Report of the Municipal Commissioner on the plague in Bombay for the year ending 31st May... - Volume 2
Disease focus: Plague
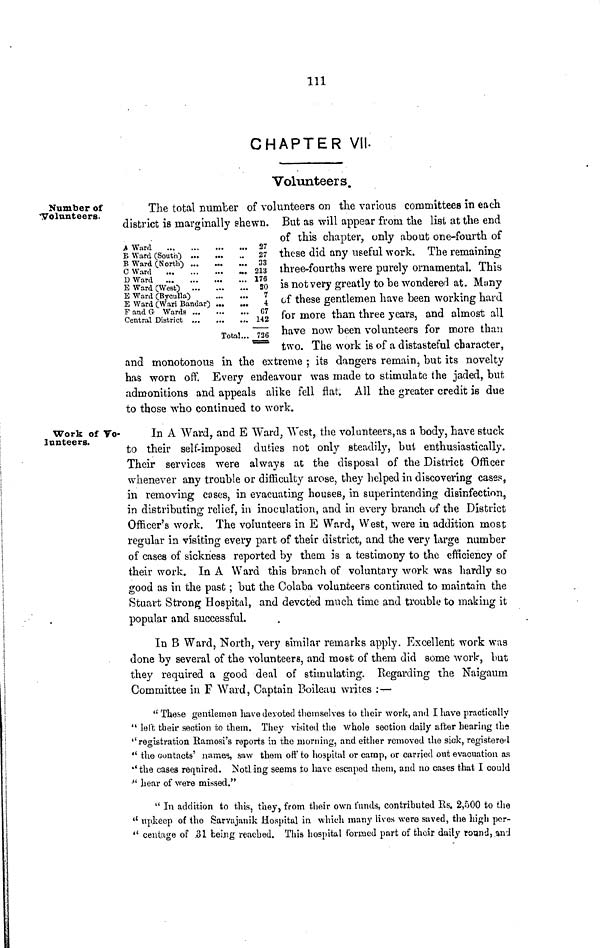
Ill
CHAPTER VII.
Volunteers.
Number of
'Volunteers.
B Ward (South) ...
B Ward (North) ...
C Ward
D Ward
E Ward (West) ...
B Ward (Byculla)
E Ward (Wari Bandar)
F and Or Wards ...
Central District .,.
•*•
•••
•••
To
...
»••
»•
tal..
27
27
33
218
176
SO
7
4
67
142
. 736
The total number of volunteers on the various committees in each
district is marginally shewn. But as will appear from the list at the end
of this chapter, only about one-fourth of
these did any useful work. The remaining
three-fourths were purely ornamental. This
is not very greatly to be wondered at. Muny
of these gentlemen have been working hard
for more than three years, and almost all
have now been volunteers for more than
two. The work is of a distasteful character,
and monotonous in the extreme ; its dangers remain, but its novelty
has worn off. Every endeavour was made to stimulate the jaded, but
admonitions and appeals alike fell flat. All the greater credit is due
to those who continued to work.
Work of Vo-
lunteers.
In A Ward, and E Ward, West, the volunteers,as a body, have stuck
to their self-imposed duties not only steadily, but enthusiastically.
Their services were always at the disposal of the District Officer
whenever any trouble or difficulty arose, they helped in discovering cases,
in removing coses, in evacuating houses., in superintending disinfection,
in distributing relief, in inoculation, and in every branch of the District
Officer's work. The volunteers in E Ward, West, were in addition most
regular in visiting every part of their district, and the very large number
of cases of sickness reported by them is a testimony to the efficiency of
their work. In A Ward this branch of voluntary work was hardly so
good as in the past; but the Colaba volunteers continued to maintain the
Stuart Strong Hospital, and devoted much time and trouble to making it
popular and successful.
In B Ward, North, very similar remarks apply. Excellent work was
done by several of the volunteers, and most of them did some work, but
they required a good deal of stimulating. Regarding the Naigaum
Committee in F Ward, Captain Boileuu writes :^—
u These gentlemen have devoted themselves to their work, and I have practically
" lei't tbeir section to them. They visited the whole section daily after hearing th«
''registration Eamosi's reports in the morning, and either removed the sick, registered
" the contacts' names, saw them oft' to hospital or camp, or carried out evacuation as
''the cases required. Is'otling seems to have escaped them, and no cases that I could
•" hear of were missed."
" In addition to this, they, from their own funds, contributed Us. 2,500 to the
u upkeep of the Sarvajanik Hospital in which many lives were saved, the high pcr-
" centage of .31 being reached. This hospital formed part of their daily round, ,^nd